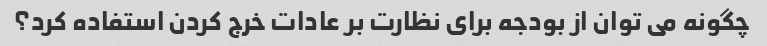
چگونه می توان از بودجه برای نظارت بر عادات خرج کردن استفاده کرد؟